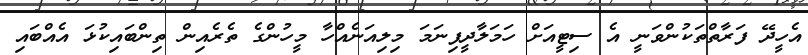
އެހީދޭ ފަރާތްތަކުންވަނީ އެ ސިޓީއަށް ހަމަލާދީފިނަމަ މިލިއަނެއްހާ މީހުންގެ ތެރެއިން ތިންބައިކުޅަ އެއްބައި